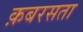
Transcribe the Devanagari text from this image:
क़बरसता